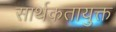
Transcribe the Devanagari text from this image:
सार्थकतायुक्त